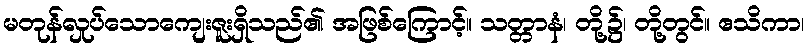
မတုန်လှုပ်သောကျေးဇူးရှိသည်၏ အဖြစ်ကြောင့်။ သတ္တာနံ၊ တို့၌၊ တို့တွင်။ ဧသိကာ၊